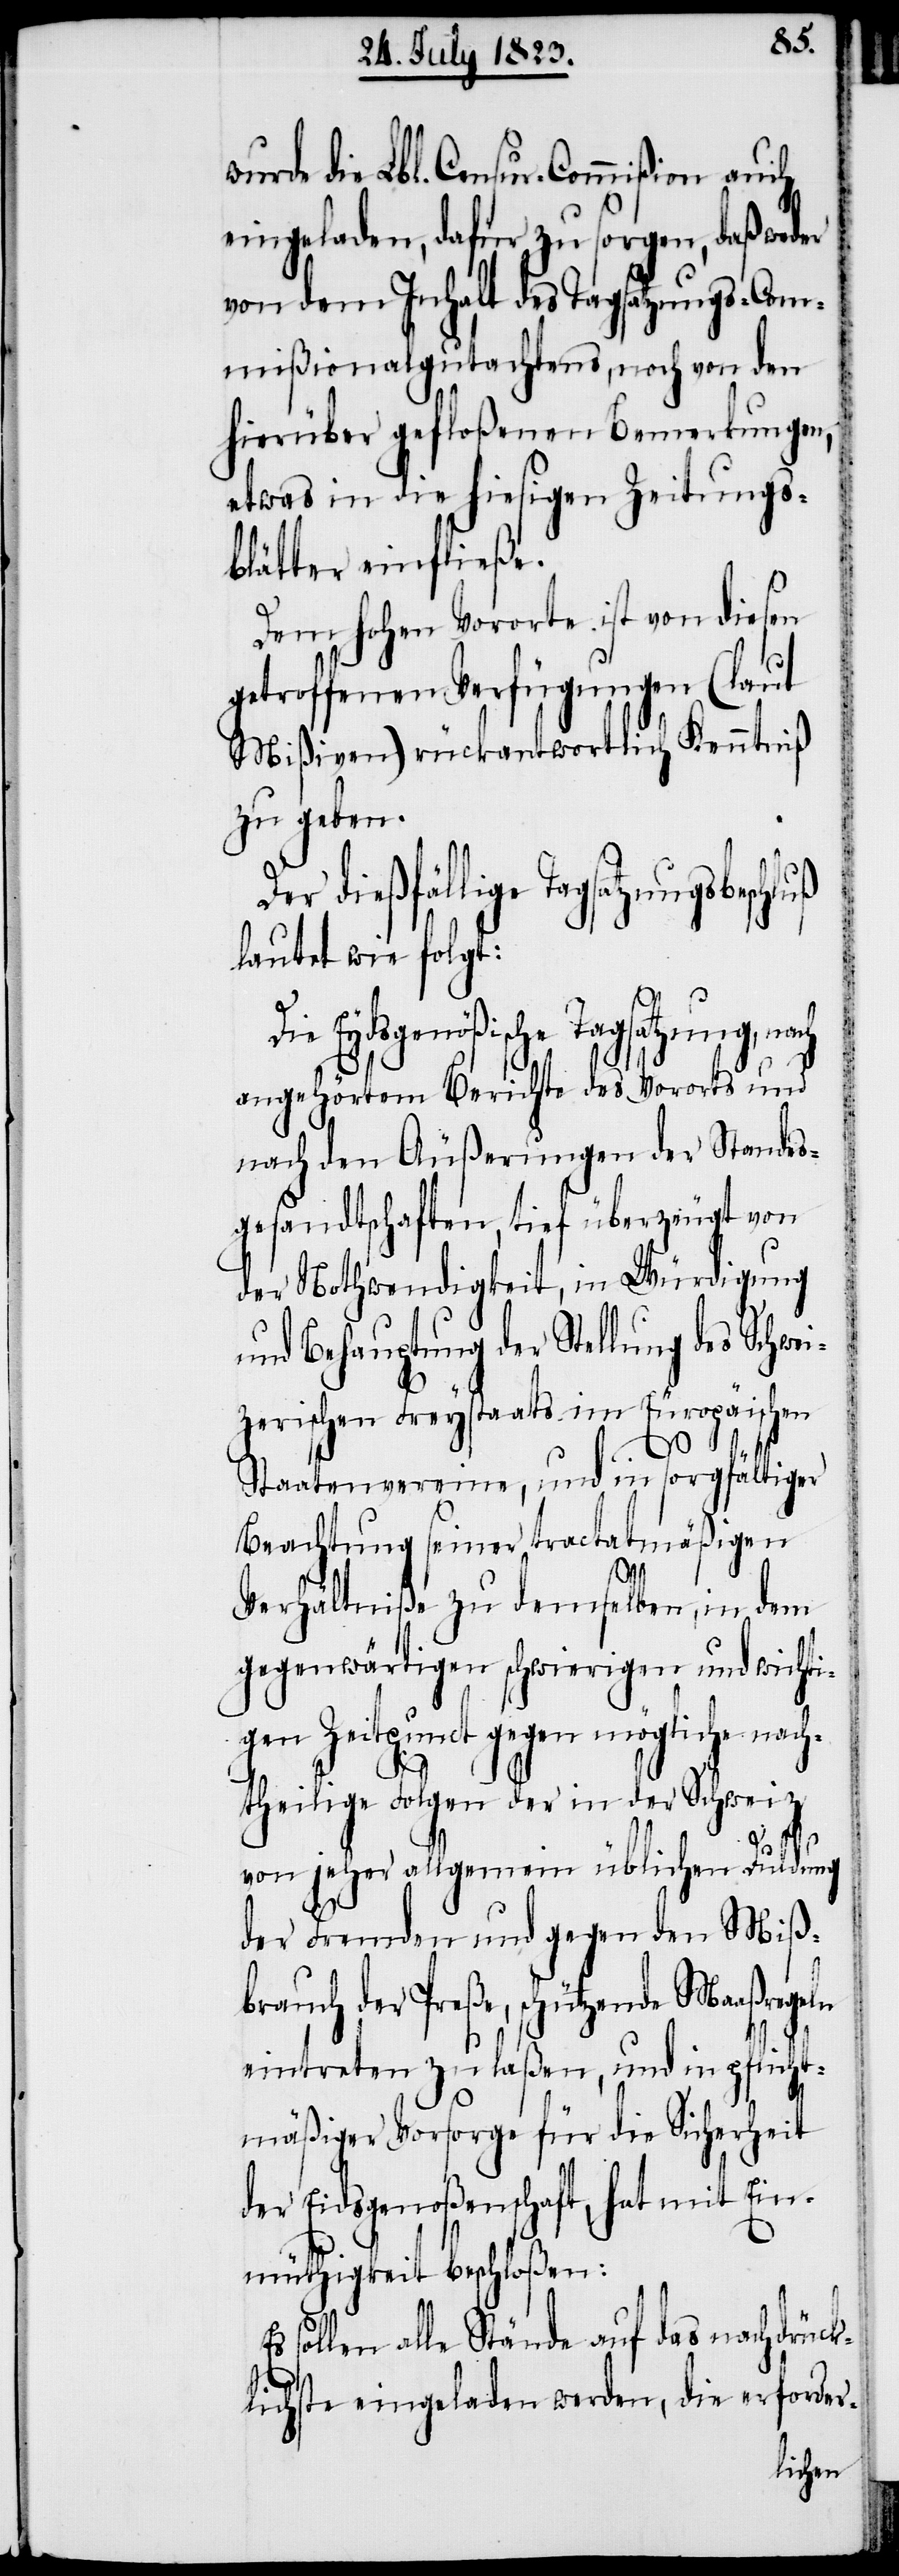
die Lbl. Censur-Commißion auch
eingeladen, dafür zu sorgen, daß weder
von dem Inhalt des Tagsatzungs-Com¬
mißionalgutachtens, noch von den
hierüber gefloßenen Bemerkungen,
etwas in die hiesigen Zeitungs¬
blätter einfließe.
Dem hohen Vororte ist von diesen
getroffenen Verfügungen (laut
Mißiven) rückantwortlich Kenntniß
zu geben.
Der dießfällige Tagsatzung¬
lautet wie folgt:
Die Eydsgenößische Tagsatzung,
angehörtem Berichte des Vororts und
nach den Äußerungen der Standes¬
gesandtschaften, tief überzeugt von
der Nothwendigkeit, in Würdigung
und Behauptung der Stellung des Schwei¬
zerischen Freystaats im Europäischen
Staatenvereine, und in sorgfältiger
Beachtung seiner tractatmäßigen
Verhältniße zu demselben, in dem
gegenwärtigen schwierigen und wichti¬
gen Zeitpunct gegen mögliche nach¬
theilige Folgen der in der Schweiz
geln
von jeher allgemein üblichen Duldung
der Fremden und gegen den Mißb¬
rauch der Preße, schützende Maaßre¬
eintreten zu laßen, und in pflicht¬
mäßiger Vorsorge für die Sicherheit
der Eidsgenoßenschaft, hat mit Ein¬
müthigkeit beschloßen:
sollen alle Stände auf das nachdrück¬
lichste eingeladen werden, die erforder-